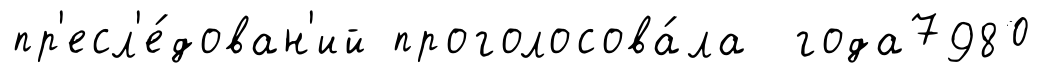
пр'есл'е́дован'ий проголосова́ла года7980